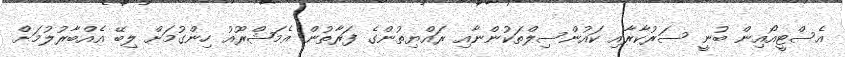
އެސްޓީއޯއިން ބުނީ ސަރުކާރާއި ކައުންސިލްތަކުންނާއި ރައްޔިތުންގެ ފަރާތުން އެމަޝްރޫއު ހިންގުމަށް ލިބޭ އެއްބާރުލުމަށް